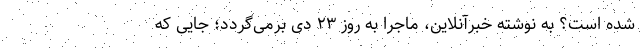
شده است؟ به نوشته خبرآنلاین، ماجرا به روز ۲۳ دی برمی‌گردد؛ جایی که